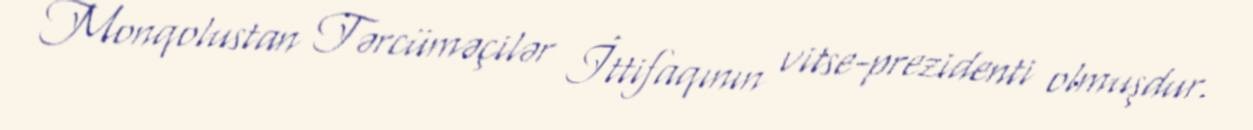
Monqolustan Tərcüməçilər İttifaqının vitse-prezidenti olmuşdur.